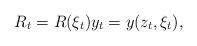
LaTeX: \begin{align*} R_t=R(\xi_t)y_t=y(z_t,\xi_t),\end{align*}